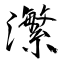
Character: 瀿